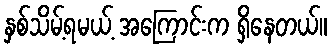
နှစ်သိမ့်ရမယ့် အကြောင်းက ရှိနေတယ်။